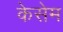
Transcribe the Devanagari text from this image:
केसेम